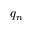
q _ { n }